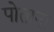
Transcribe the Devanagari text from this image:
पोताना